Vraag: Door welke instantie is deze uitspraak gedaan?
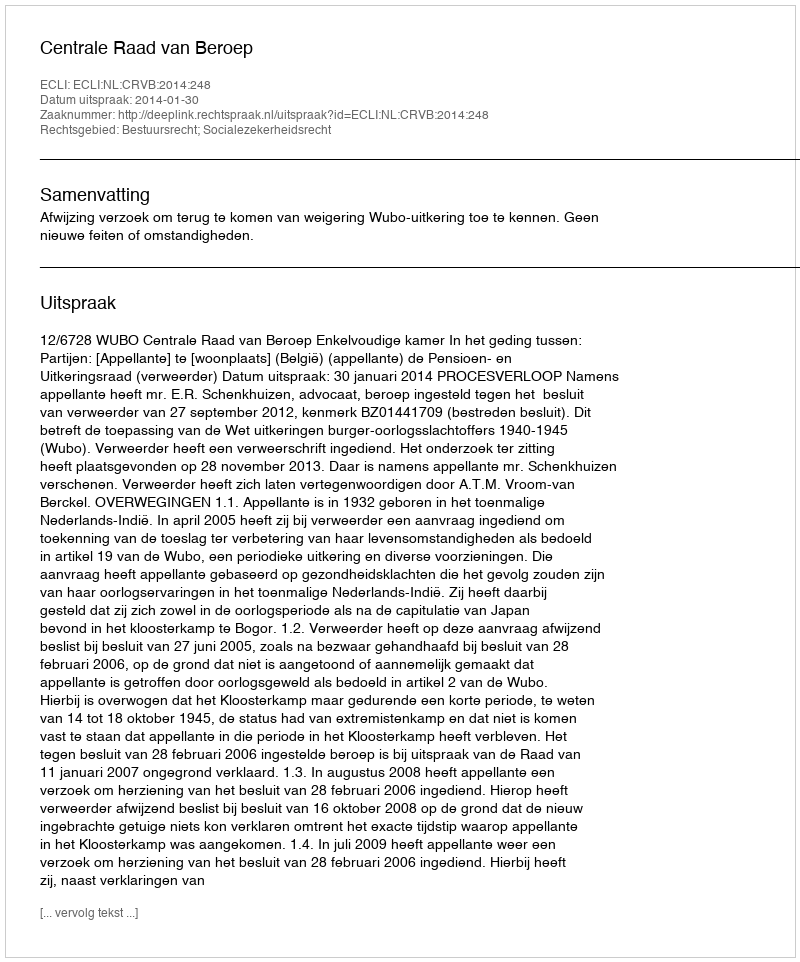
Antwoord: Centrale Raad van Beroep